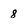
Character: 8